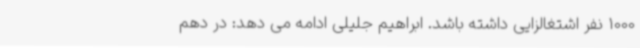
1000 نفر اشتغالزایی داشته باشد. ابراهیم جلیلی ادامه می دهد: در دهم